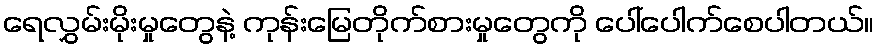
ရေလွှမ်းမိုးမှုတွေနဲ့ ကုန်းမြေတိုက်စားမှုတွေကို ပေါ်ပေါက်စေပါတယ်။